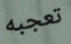
تعجبه